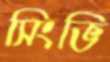
সিংভি